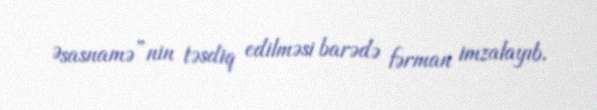
Əsasnamə”nin təsdiq edilməsi barədə fərman imzalayıb.